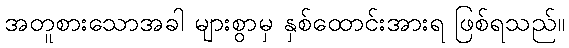
အတူစားသောအခါ များစွာမှ နှစ်ထောင်းအားရ ဖြစ်ရသည်။